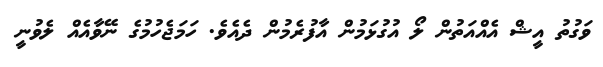
ވަގުތު އީޝް އެއްއަތުން ލޯ އުގުޅަމުން އާފުރެމުން ދެއެވެ. ހަމަޖެހުމުގެ ނޭވާއެއް ލެވުނީ